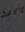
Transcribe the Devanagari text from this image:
थ़्री